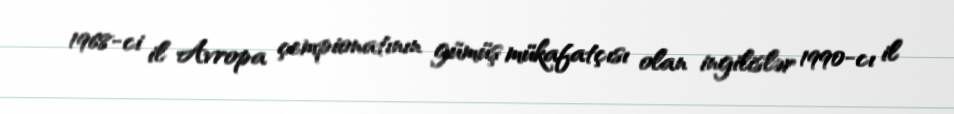
1968-ci il Avropa çempionatının gümüş mükafatçısı olan ingilislər 1990-cı il